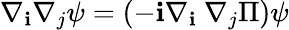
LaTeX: \nabla_{\mathbf{i}}\nabla_{j}\psi=(-\mathbf{i}\nabla_{\mathbf{i}}\mathrm{{~}}\nabla_{j}\Pi)\psi